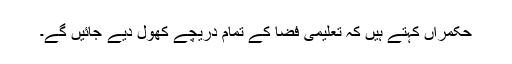
حکمراں کہتے ہیں کہ تعلیمی فضا کے تمام دریچے کھول دیے جائیں گے۔